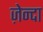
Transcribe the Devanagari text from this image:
ज़ेन्दा